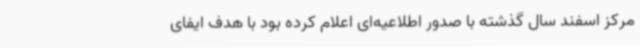
مرکز اسفند سال گذشته با صدور اطلاعیه‌ای اعلام کرده بود با هدف ایفای